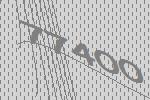
77400